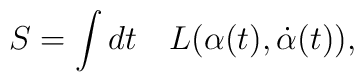
S=\int dt\quad L(\alpha (t),\dot \alpha (t)),